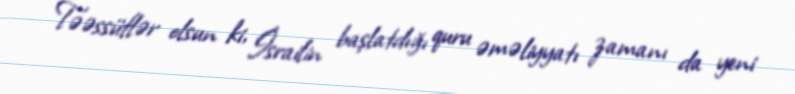
Təəssüflər olsun ki, İsrailin başlatdığı quru əməliyyatı zamanı da yeni